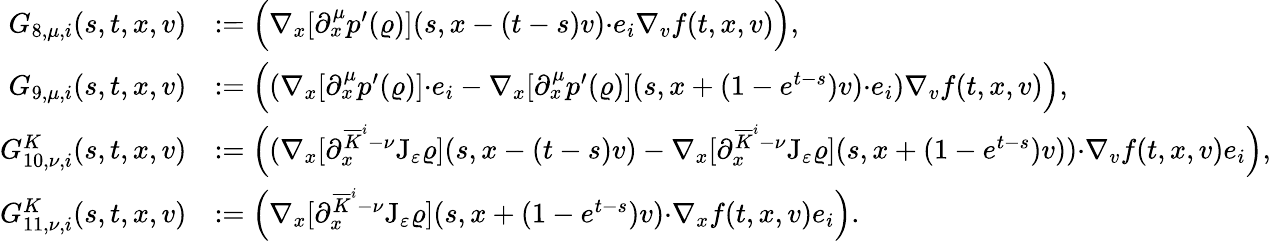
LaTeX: \begin{array}{rl}{G_{8,\mu,i}(s,t,x,v)}&{:=\Big(\nabla_{x}[\partial_{x}^{\mu}p^{\prime}(\varrho)](s,x-(t-s)v){\cdot}e_{i}\nabla_{v}f(t,x,v)\Big),}\\ {G_{9,\mu,i}(s,t,x,v)}&{:=\Big((\nabla_{x}[\partial_{x}^{\mu}p^{\prime}(\varrho)]{\cdot}e_{i}-\nabla_{x}[\partial_{x}^{\mu}p^{\prime}(\varrho)](s,x+(1-e^{t-s})v){\cdot}e_{i})\nabla_{v}f(t,x,v)\Big),}\\ {G_{10,\nu,i}^{K}(s,t,x,v)}&{:=\Big((\nabla_{x}[\partial_{x}^{\overline{{K}}^{i}-\nu}\mathrm{J}_{\varepsilon}\varrho](s,x-(t-s)v)-\nabla_{x}[\partial_{x}^{\overline{{K}}^{i}-\nu}\mathrm{J}_{\varepsilon}\varrho](s,x+(1-e^{t-s})v)){\cdot}\nabla_{v}f(t,x,v)e_{i}\Big),}\\ {G_{11,\nu,i}^{K}(s,t,x,v)}&{:=\Big(\nabla_{x}[\partial_{x}^{\overline{{K}}^{i}-\nu}\mathrm{J}_{\varepsilon}\varrho](s,x+(1-e^{t-s})v){\cdot}\nabla_{x}f(t,x,v)e_{i}\Big).}\end{array}